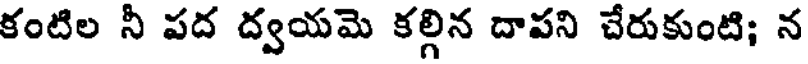
కంటిల నీ పద ద్వయమె కల్గిన దాపని చేరుకుంటి; న